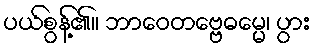
ပယ်စွန့်၏။ ဘာဝေတဗ္ဗေဓမ္မေ၊ ပွား